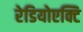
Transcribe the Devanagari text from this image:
रेडियोएक्टि